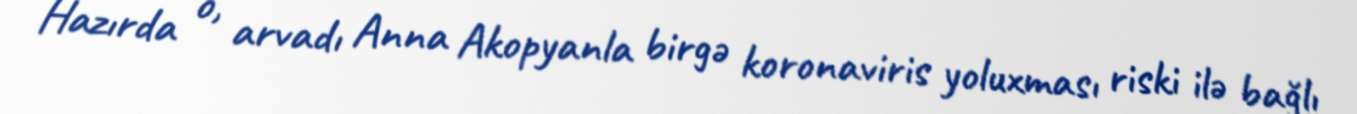
Hazırda o, arvadı Anna Akopyanla birgə koronaviris yoluxması riski ilə bağlı